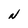
Character: N